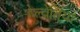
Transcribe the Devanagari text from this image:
हेल्वेतिया